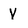
Character: V